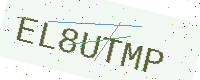
Text: EL8UTMP